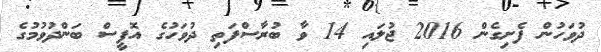
ދުވަހުން ފެށިގެން 2016 ޖުލައި 14 ވާ ބުރާސްފަތި ދުވަހުގެ އޮފީސް ބަންދުވުމުގެ